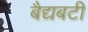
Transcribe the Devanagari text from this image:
बैद्यबटी